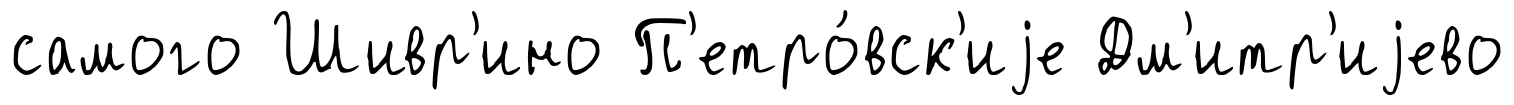
самого Шивр'ино П'етро́вск'иjе Дм'итр'иjево